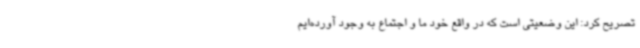
تصریح کرد: این وضعیتی است که در واقع خود ما و اجتماع به وجود آورده‌ایم